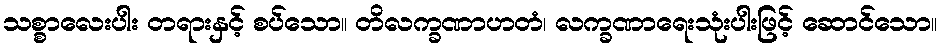
သစ္စာလေးပါး တရားနှင့် စပ်သော။ တိလက္ခဏာဟတံ၊ လက္ခဏာရေးသုံးပါးဖြင့် ဆောင်သော။